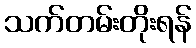
သက်တမ်းတိုးရန်